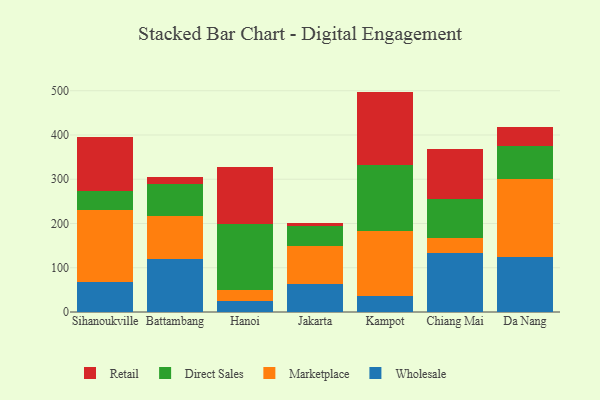
{"axis": {"x": "City", "y": "Gross Profit (USD K)"}, "legend": ["Direct Sales", "Marketplace", "Retail", "Wholesale"], "data": [{"x": "Sihanoukville", "y": 67.0, "type": "Wholesale"}, {"x": "Sihanoukville", "y": 164.6, "type": "Marketplace"}, {"x": "Sihanoukville", "y": 41.1, "type": "Direct Sales"}, {"x": "Sihanoukville", "y": 123.8, "type": "Retail"}, {"x": "Battambang", "y": 120.8, "type": "Wholesale"}, {"x": "Battambang", "y": 95.6, "type": "Marketplace"}, {"x": "Battambang", "y": 72.9, "type": "Direct Sales"}, {"x": "Battambang", "y": 16.1, "type": "Retail"}, {"x": "Hanoi", "y": 24.1, "type": "Wholesale"}, {"x": "Hanoi", "y": 25.0, "type": "Marketplace"}, {"x": "Hanoi", "y": 150.6, "type": "Direct Sales"}, {"x": "Hanoi", "y": 128.2, "type": "Retail"}, {"x": "Jakarta", "y": 63.8, "type": "Wholesale"}, {"x": "Jakarta", "y": 84.6, "type": "Marketplace"}, {"x": "Jakarta", "y": 46.4, "type": "Direct Sales"}, {"x": "Jakarta", "y": 6.9, "type": "Retail"}, {"x": "Kampot", "y": 36.9, "type": "Wholesale"}, {"x": "Kampot", "y": 147.0, "type": "Marketplace"}, {"x": "Kampot", "y": 148.7, "type": "Direct Sales"}, {"x": "Kampot", "y": 165.4, "type": "Retail"}, {"x": "Chiang Mai", "y": 134.0, "type": "Wholesale"}, {"x": "Chiang Mai", "y": 32.9, "type": "Marketplace"}, {"x": "Chiang Mai", "y": 89.3, "type": "Direct Sales"}, {"x": "Chiang Mai", "y": 111.1, "type": "Retail"}, {"x": "Da Nang", "y": 124.9, "type": "Wholesale"}, {"x": "Da Nang", "y": 175.5, "type": "Marketplace"}, {"x": "Da Nang", "y": 74.0, "type": "Direct Sales"}, {"x": "Da Nang", "y": 43.6, "type": "Retail"}]}